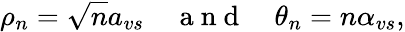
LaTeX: \rho_{n}=\sqrt{n}a_{vs}\quad\mathrm{~a~n~d~}\quad\theta_{n}=n\alpha_{vs},